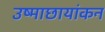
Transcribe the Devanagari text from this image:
उष्माछायांकन